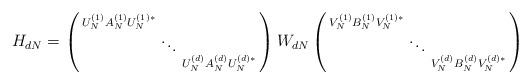
LaTeX: \begin{align*}H_{dN} = \left(\begin{smallmatrix} U_N^{(1)} A_N^{(1)} U_N^{(1)*} & & \\ & \ddots & \\ & & U_N^{(d)}A_N^{(d)}U_N^{(d)*} \end{smallmatrix}\right)W_{dN}\left(\begin{smallmatrix} V_N^{(1)} B_N^{(1)} V_N^{(1)*} & & \\ & \ddots & \\ & & V_N^{(d)}B_N^{(d)}V_N^{(d)*} \end{smallmatrix}\right)\end{align*}